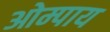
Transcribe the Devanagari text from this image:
ओम्पाय